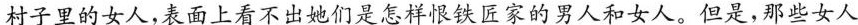
村子里的女人,表面上看不出她们是怎样恨铁匠家的男人和女人。但是,那些女人